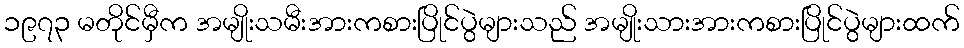
၁၉၇၃ မတိုင်မှီက အမျိုးသမီးအားကစားပြိုင်ပွဲများသည် အမျိုးသားအားကစားပြိုင်ပွဲများထက်